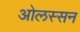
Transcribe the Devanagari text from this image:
ओलस्सन